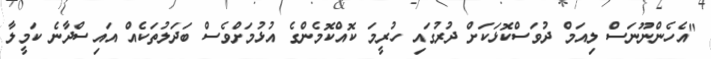
"އެހެންނޫނަސް ލިއަމް ދުވަސްކޮޅަކަށް ދުރުގައި ހުރީމަ ކޮއްކޮމެންގެ އުޅުމަށްވެސް ބަދަލުތަކެއް އައިސްދާނެ ކަމީލާ